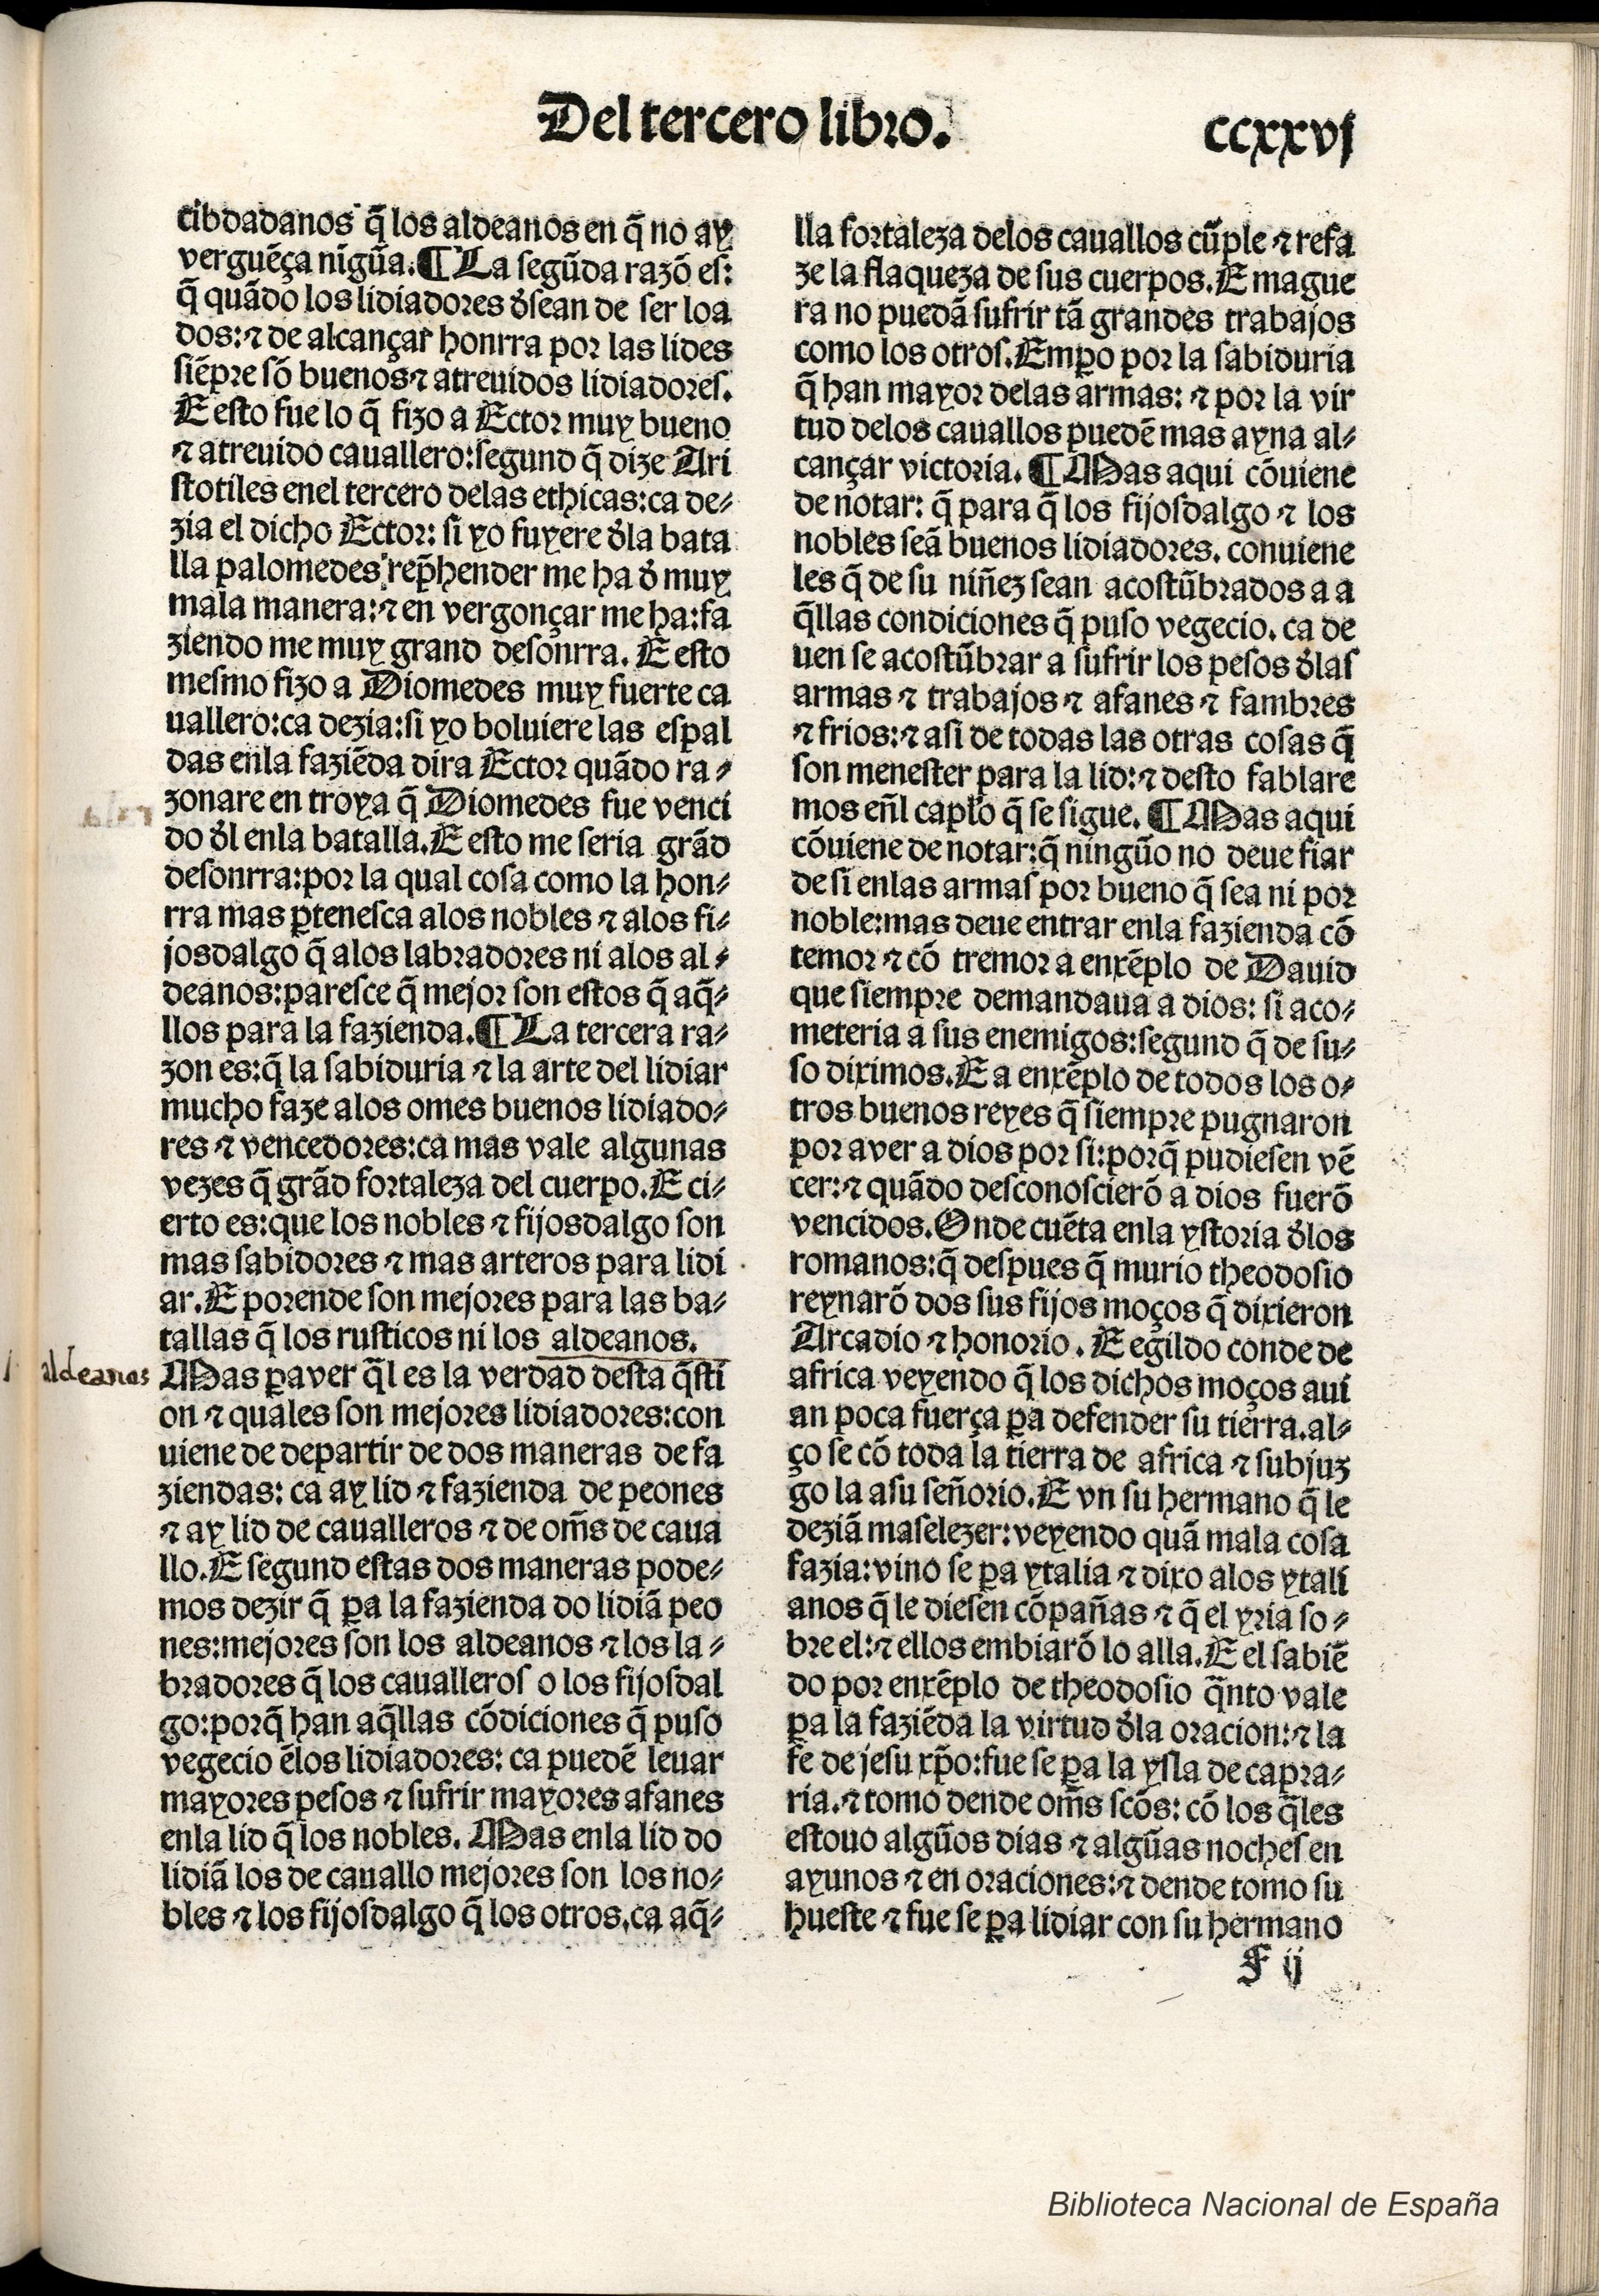
Shelfmark: Madrid, BNE, Inc. 901
Century: 15